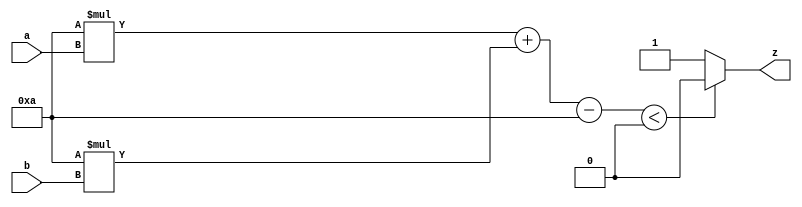

`timescale 1ns/10ps

module OR (
    a,
    b,
    z
);
// input: a, b
// output: z

input a;
input b;
output z;
reg z;

always @(a, b) begin: OR_OR_BEHAVE
    integer activation;
    activation = (((10 * a) + (10 * b)) - 10);
    if ((activation < 0)) begin
        z = 0;
    end
    else begin
        z = 1;
    end
end

endmodule